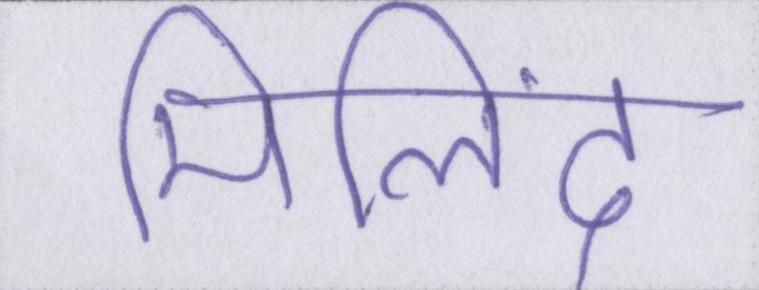
मिलिंद